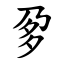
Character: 㚉